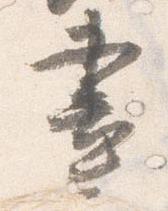
昼